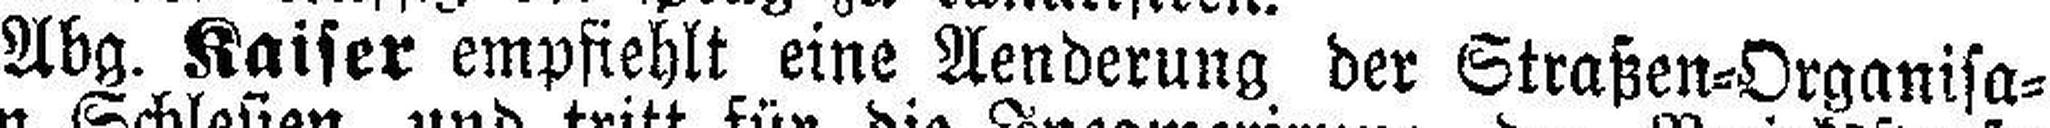
Abg. Kaiser empfiehlt eine Aenderung der Straßen=Organisa¬